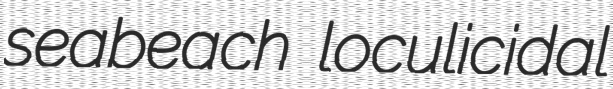
seabeach loculicidal